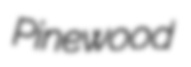
Pinewood